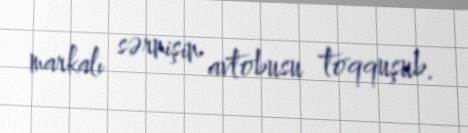
markalı sərnişin avtobusu toqquşub.